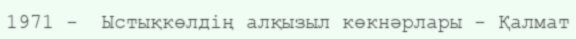
1971 -  Ыстықкөлдің алқызыл көкнәрлары - Қалмат